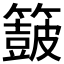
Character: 𮆟